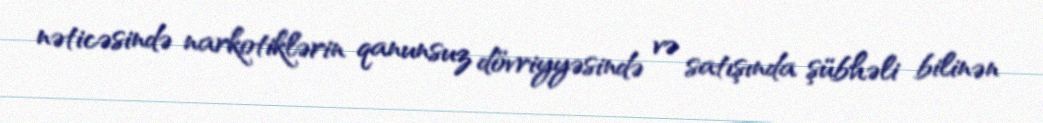
nəticəsində narkotiklərin qanunsuz dövriyyəsində və satışında şübhəli bilinən